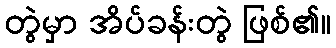
တွဲမှာ အိပ်ခန်းတွဲ ဖြစ်၏။